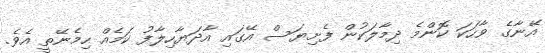
އޭނާގެ ވާހަކަ ކޮންމެ ދިމާލަކުން ފެށިޔަސް އޭގައި އާދަޔާހިލާފު ކަމެއް ހިމެނޭތީ އެވެ.